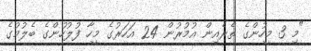
"މި 3 މީހުންގެ ތެރެއިން އުމުރުން 24 އަހަރުގެ މީހާ ފުލުހުންގެ ބެލުމުގެ